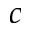
c